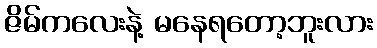
ဇိမ်ကလေးနဲ့ မနေရတော့ဘူးလား